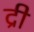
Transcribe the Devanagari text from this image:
द्री